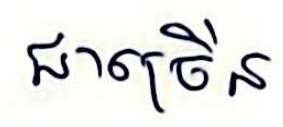
ជាច្រើន